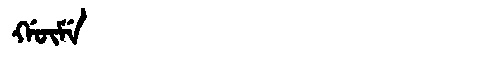
Manchu: ᡤᡡᠮᡝ
Romanization: GŪME